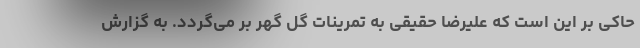
حاکی بر این است که علیرضا حقیقی به تمرینات گل گهر بر می‌گردد. به گزارش